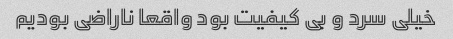
خیلی سرد و بی کیفیت بود واقعا ناراضی بودیم